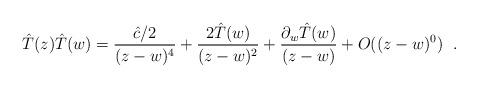
LaTeX: \begin{align*}\hat{T}(z)\hat{T}(w)=\frac{\hat{c}/2}{(z-w)^4}+\frac{2\hat{T}(w)}{(z-w)^2}+\frac{\partial_w\hat{T}(w)}{(z-w)}+O((z-w)^0) \hspace{.1in}. \end{align*}